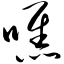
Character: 噍